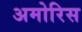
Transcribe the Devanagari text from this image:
अमोरिस